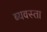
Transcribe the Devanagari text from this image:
ब्यवस्ता